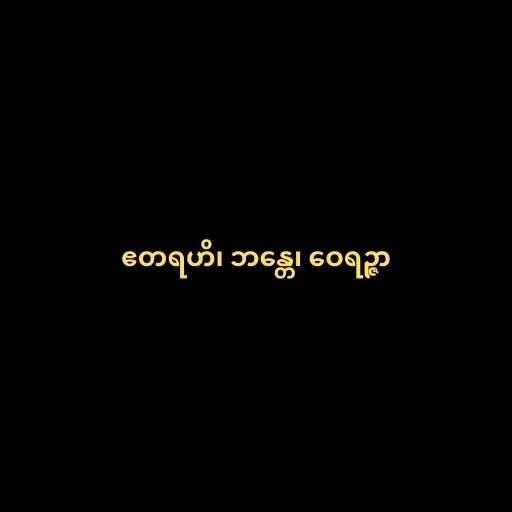
ဧတရဟိ၊ ဘန္တေ၊ ဝေရဉ္ဇာ